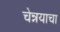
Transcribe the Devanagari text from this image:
चेन्नयाचा